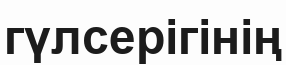
гүлсерігінің